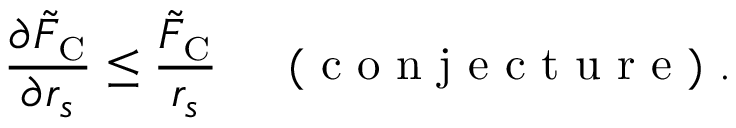
\frac { \partial \tilde { F } _ { \scriptscriptstyle \mathrm { C } } } { \partial r _ { s } } \leq \frac { \tilde { F } _ { \scriptscriptstyle \mathrm { C } } } { r _ { s } } \, \quad \mathrm { ~ ( ~ c ~ o ~ n ~ j ~ e ~ c ~ t ~ u ~ r ~ e ~ ) ~ } .